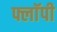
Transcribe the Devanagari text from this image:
फ्लाॅपी